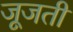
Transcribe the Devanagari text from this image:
जूजती